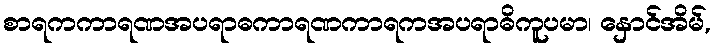
စာရကကာရဏအပရာဓကာရဏကာရကအပရာဓိကူပမာ၊ နှောင်အိမ်,